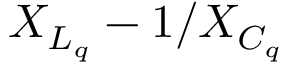
X _ { L _ { q } } - 1 / X _ { C _ { q } }